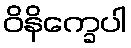
ဝိနိက္ခေပါ